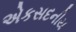
એકસદનીય